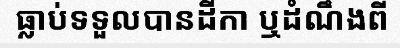
ធ្លាប់ទទួលបានដីកា ឬដំណឹងពី